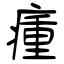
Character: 瘇